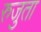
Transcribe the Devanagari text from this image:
रुजुता